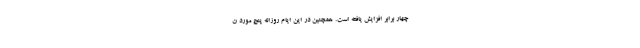
چهار برابر افزایش یافته است. همچنین در این ایام روزانه پنج مورد ن